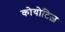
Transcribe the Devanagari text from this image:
कोयोटिज़